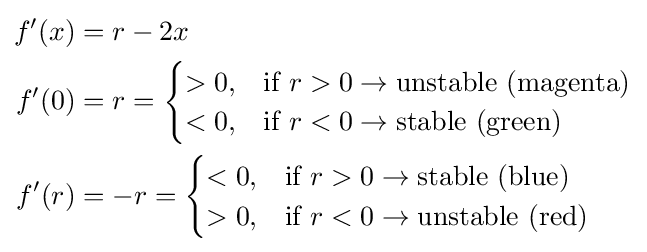
{\begin{aligned}f'(x)&=r-2x\\f'(0)&=r={\begin{cases}>0,&{\text{if }}r>0\rightarrow {\text{unstable (magenta)}}\\<0,&{\text{if }}r<0\rightarrow {\text{stable (green)}}\end{cases}}\\f'(r)&=-r={\begin{cases}<0,&{\text{if }}r>0\rightarrow {\text{stable (blue)}}\\>0,&{\text{if }}r<0\rightarrow {\text{unstable (red)}}\end{cases}}\end{aligned}}